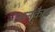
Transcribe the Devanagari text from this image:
अनकैप्ड